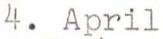
4. April